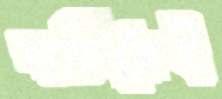
বাড়িয়েই